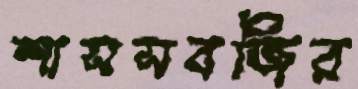
শাসসবজির